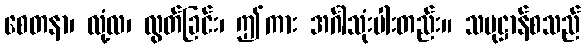
စေတနာ၊ လုံ့လ၊ လွတ်ခြင်း၊ ဤကား အင်္ဂါသုံးပါးတည်း။ သမုဋ္ဌာန်စသည်